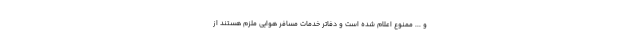
و ... ممنوع اعلام شده است و دفاتر خدمات مسافر هوایی ملزم هستند از